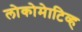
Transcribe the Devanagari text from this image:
लोकोमेाटिव्ह